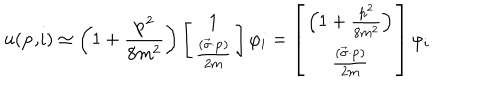
LaTeX: u ( \mathbf { p , } i ) \simeq \left( 1 + \frac { \mathbf { p } ^ { 2 } } { 8 m ^ { 2 } } \right) \left[ \begin{array} { c } { { 1 } } \\ { { \frac { ( \overrightarrow { \mathbf { \sigma } } \mathbf { \cdot p } ) } { 2 m } } } \\ \end{array} \right] \varphi _ { i } = \left[ \begin{array} { c } { { \left( 1 + \frac { \mathbf { p } ^ { 2 } } { 8 m ^ { 2 } } \right) } } \\ { { \frac { ( \overrightarrow { \mathbf { \sigma } } \mathbf { \cdot p } ) } { 2 m } } } \\ \end{array} \right] \varphi _ { i }